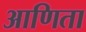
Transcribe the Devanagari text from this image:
आणिता